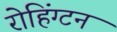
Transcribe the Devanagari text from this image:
रोहिंग्टन